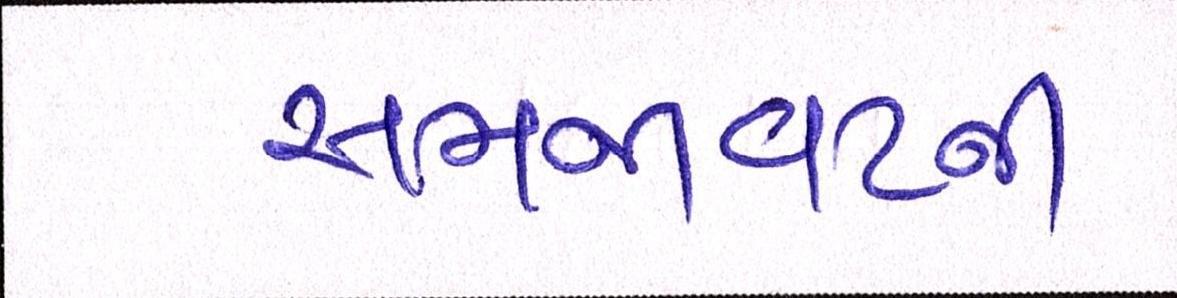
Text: સમજાવટની